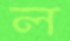
ল